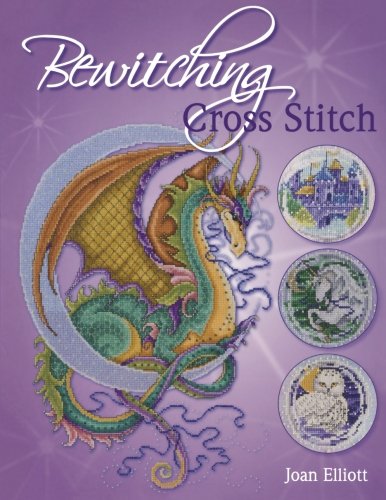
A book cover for Bewitching Cross Stitch; Joan Elliott; Crafts, Hobbies & Home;